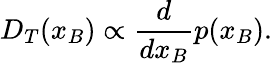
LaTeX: D_{T}(x_{B})\propto{\frac{d}{dx_{B}}}p(x_{B}).